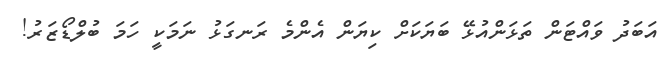
އަބަދު ވައްޓަން ތަޅަންއުޅޭ ބަޔަކަށް ކިޔަން އެންމެ ރަނގަޅު ނަމަކީ ހަމަ ބުލްޑޯޒަރު!